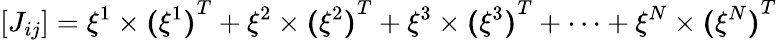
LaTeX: [{{J}_{ij}}]={{\mathbf{\xi}}^{1}}\times{{\mathbf{(}{{\mathbf{\xi}}^{1}}\mathbf{)}}^{T}}+{{\mathbf{\xi}}^{2}}\times{{\mathbf{(}{{\mathbf{\xi}}^{2}}\mathbf{)}}^{T}}+{{\mathbf{\xi}}^{3}}\times{{\mathbf{(}{{\mathbf{\xi}}^{3}}\mathbf{)}}^{T}}+\cdots+{{\mathbf{\xi}}^{N}}\times{{\mathbf{(}{{\mathbf{\xi}}^{N}}\mathbf{)}}^{T}}